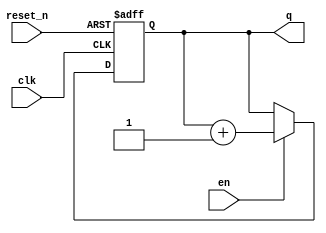
module CNT7B (
	input clk,
	input reset_n,
	input en,
	output reg [6:0] q
);
always @ (posedge clk , negedge reset_n)
		if (!reset_n) 
			q <= 0;
		else if(en)
				q <= q + 1'b1;

endmodule